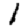
Digit: 1